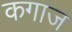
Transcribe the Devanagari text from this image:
कगाज